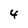
Character: 4